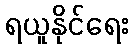
ရယူနိုင်ရေး